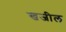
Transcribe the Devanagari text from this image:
खजील